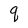
Character: q